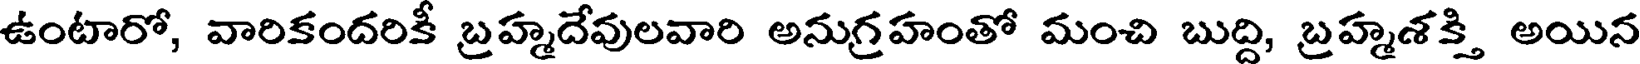
ఉంటారో, వారికందరికీ బ్రహ్మదేవులవారి అనుగ్రహంతో మంచి బుద్ది, బ్రహ్మశక్తి అయిన